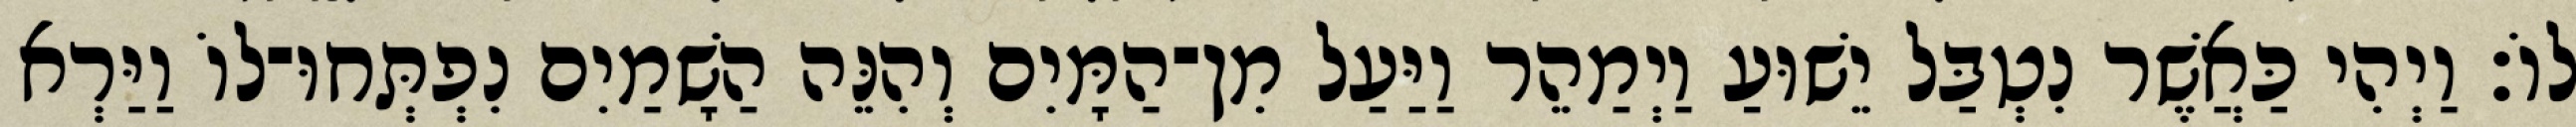
לוֹ׃ וַיְהִי כַּאֲשֶׁר נִטְבַּל יֵשׁוּעַ וַיְמַהֵר וַיַּעַל מִן־הַמָּיִם וְהִנֵּה הַשָׁמַיִם נִפְתְּחוּ־לוֹ וַיַּרְא